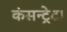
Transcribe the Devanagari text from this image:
कंसन्ट्रेट।